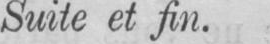
Suite et fin.